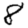
Digit: 8